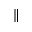
\parallel